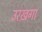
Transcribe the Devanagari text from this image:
उरख़गा